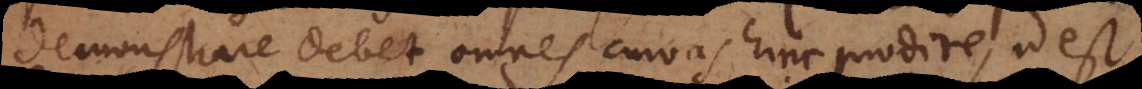
demonstrare debet omnes curvas hinc prodire, id est